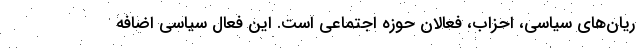
ریان‌های سیاسی، احزاب، فعالان حوزه اجتماعی است. این فعال سیاسی اضافه